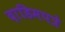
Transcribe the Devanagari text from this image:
दाडिमपत्रे